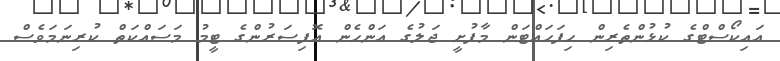
އައިކޯސްޓްގެ ކުޅުންތެރިން ހިފަހައްޓަން މާފުށީ ޖަލުގެ އަންހެން އޮފިސަރުންގެ ޓީމު މަސައްކަތް ކުރިނަމަވެސް